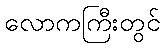
လောကကြီးတွင်